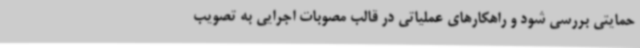
حمایتی بررسی شود و راهکارهای عملیاتی در قالب مصوبات اجرایی به تصویب